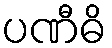
ပဏီဓိ